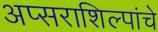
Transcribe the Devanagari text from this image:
अप्सराशिल्पांचे